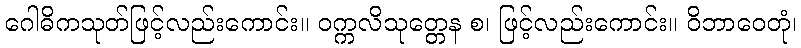
ဂေါဓိကသုတ်ဖြင့်လည်းကောင်း။ ဝက္ကလိသုတ္တေန စ၊ ဖြင့်လည်းကောင်း။ ဝိဘာဝေတုံ၊